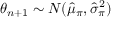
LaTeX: \theta _ { n + 1 } \sim N ( { \widehat { \mu } } _ { \pi } , { \widehat { \sigma } } _ { \pi } ^ { 2 } )